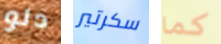
دلو سكرتير كما